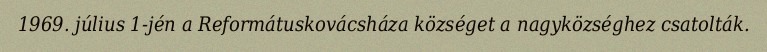
1969. július 1-jén a Reformátuskovácsháza községet a nagyközséghez csatolták.